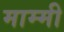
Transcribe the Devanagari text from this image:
माम्मी